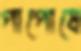
পাপোষে